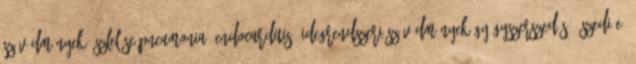
Szövődmények észlelése pneumonia, endocarditis, idegrendszeri szövődmények Gyógyszerszedés – szedi-e,